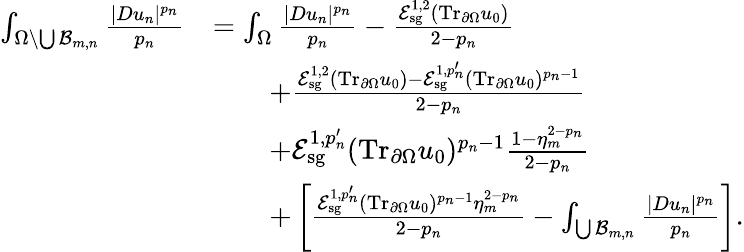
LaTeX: \begin{array}{rl}{\int_{\Omega\setminus\bigcup\mathcal B_{m,n}}\frac{|Du_{n}|^{p_{n}}}{p_{n}}}&{=\int_{\Omega}\frac{|Du_{n}|^{p_{n}}}{p_{n}}-\frac{\mathcal E_{\mathrm{sg}}^{1,2}(\mathrm{Tr}_{\partial\Omega}u_{0})}{2-p_{n}}}\\ &{\quad\quad+\frac{\mathcal E_{\mathrm{sg}}^{1,2}(\mathrm{Tr}_{\partial\Omega}u_{0})-\mathcal E_{\mathrm{sg}}^{1,p_{n}^{\prime}}(\mathrm{Tr}_{\partial\Omega}u_{0})^{p_{n}-1}}{2-p_{n}}}\\ &{\quad\quad+\mathcal E_{\mathrm{sg}}^{1,p_{n}^{\prime}}(\mathrm{Tr}_{\partial\Omega}u_{0})^{p_{n}-1}\frac{1-\eta_{m}^{2-p_{n}}}{2-p_{n}}}\\ &{\quad\quad+\left[\frac{\mathcal E_{\mathrm{sg}}^{1,p_{n}^{\prime}}(\mathrm{Tr}_{\partial\Omega}u_{0})^{p_{n}-1}\eta_{m}^{2-p_{n}}}{2-p_{n}}-\int_{\bigcup\mathcal B_{m,n}}\frac{|Du_{n}|^{p_{n}}}{p_{n}}\right].}\end{array}